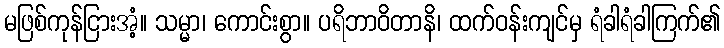
မဖြစ်ကုန်ငြားအံ့။ သမ္မာ၊ ကောင်းစွာ။ ပရိဘာဝိတာနိ၊ ထက်ဝန်းကျင်မှ ရံခါရံခါကြက်၏